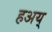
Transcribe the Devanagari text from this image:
हअय्